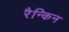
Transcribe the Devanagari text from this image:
रैन्किन